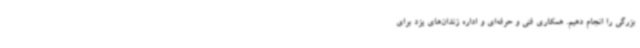
بزرگی را انجام دهیم. همکاری فنی و حرفه‌ای و اداره زندان‌های یزد برای